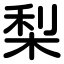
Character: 梨